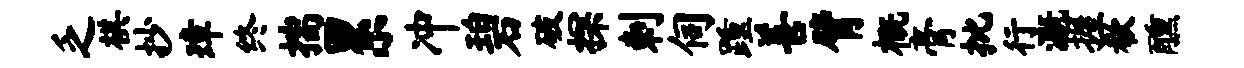
乏棋抄璋终揣累冲碧破探剌伺踵善臂概膏批行溉握欷醺